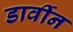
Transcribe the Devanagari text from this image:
डार्वीन